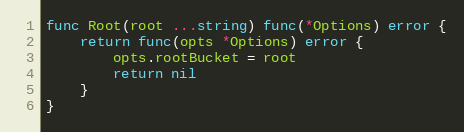
Language: Go
func Root(root ...string) func(*Options) error {
	return func(opts *Options) error {
		opts.rootBucket = root
		return nil
	}
}